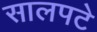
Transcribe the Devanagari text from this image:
सालपटे